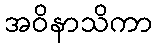
အဝိနာသိကာ